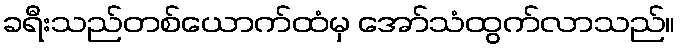
ခရီးသည်တစ်ယောက်ထံမှ အော်သံထွက်လာသည်။